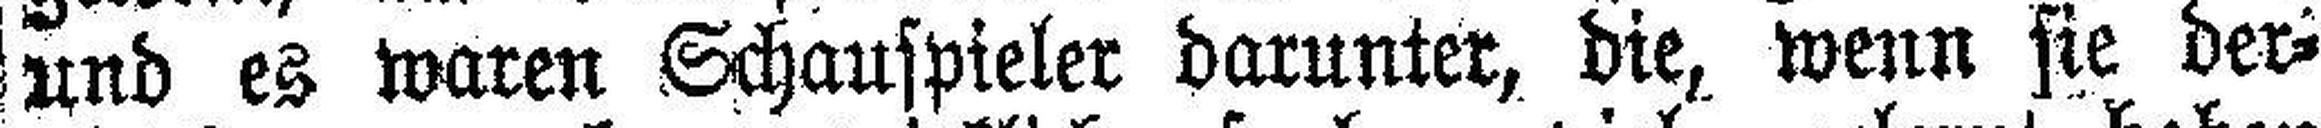
und es waren Schauspieler darunter, die, wenn sie dero¬